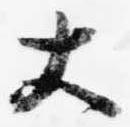
大